Indian journal of veterinary science and animal husbandry - Volumes 18-21, 1948-1951
Year: 1948
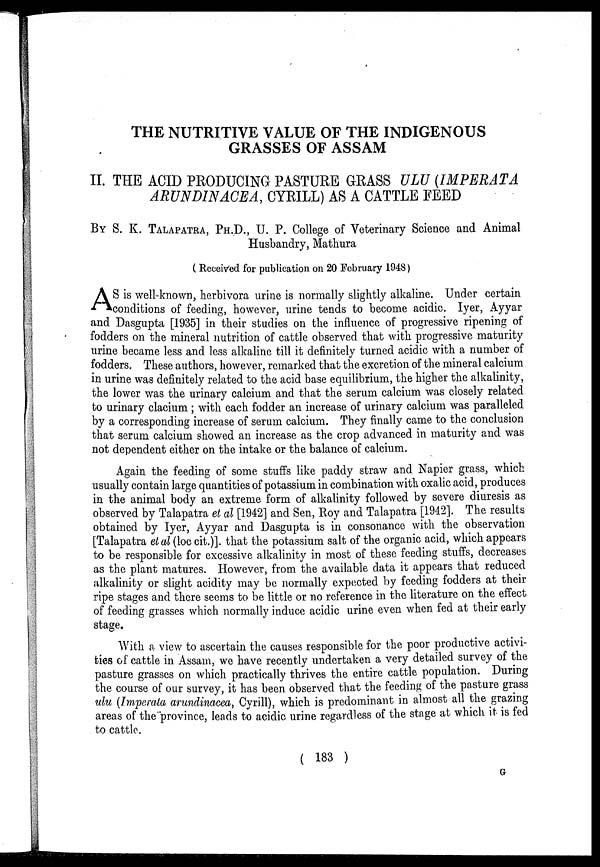
THE NUTRITIVE VALUE OF THE INDIGENOUS
GRASSES OF ASSAM
II. THE ACID PRODUCING PASTURE GRASS ULU (IMPERATA
ARUNDINACEA, CYRILL) AS A CATTLE FEED
BY S. K. TALAPATRA, PH.D., U. P. College of Veterinary Science and Animal
Husbandry, Mathura
( Received for publication on 20 February 1948)
A S is well-known, herbivora urine is normally slightly alkaline. Under certain
conditions of feeding, however, urine tends to become acidic. Iyer, Ayyar
and Dasgupta [1935] in their studies on the influence of progressive ripening of
fodders on the mineral nutrition of cattle observed that with progressive maturity
urine became less and less alkaline till it definitely turned acidic with a number of
fodders. These authors, however, remarked that the excretion of the mineral calcium
in urine was definitely related to the acid base equilibrium, the higher the alkalinity,
the lower was the urinary calcium and that the serum calcium was closely related
to urinary clacium ; with each fodder an increase of urinary calcium was paralleled
by a corresponding increase of serum calcium. They finally came to the conclusion
that serum calcium showed an increase as the crop advanced in maturity and was
not dependent either on the intake or the balance of calcium.
Again the feeding of some stuffs like paddy straw and Napier grass, which
usually contain large quantities of potassium in combination with oxalic acid, produces
in the animal body an extreme form of alkalinity followed by severe diuresis as
observed by Talapatra et al [1942] and Sen, Roy and Talapatra [1942]. The results
obtained by Iyer, Ayyar and Dasgupta is in consonance with the observation
[Talapatra et al (loc cit.)]. that the potassium salt of the organic acid, which appears
to be responsible for excessive alkalinity in most of these feeding stuffs, decreases
as the plant matures. However, from the available data it appears that reduced
alkalinity or slight acidity may be normally expected by feeding fodders at their
ripe stages and there seems to be little or no reference in the literature on the effect
of feeding grasses which normally induce acidic urine even when fed at their early
stage.
With a view to ascertain the causes responsible for the poor productive activi-
ties of cattle in Assam, we have recently undertaken a very detailed survey of the
pasture grasses on which practically thrives the entire cattle population. During
the course of our survey, it has been observed that the feeding of the pasture grass
ulu (Imperata arundinacea, Cyrill), which is predominant in almost all the grazing
areas of the province, leads to acidic urine regardless of the stage at which it is fed
to cattle.
( 183 )
G